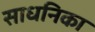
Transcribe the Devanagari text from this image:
साधनिका